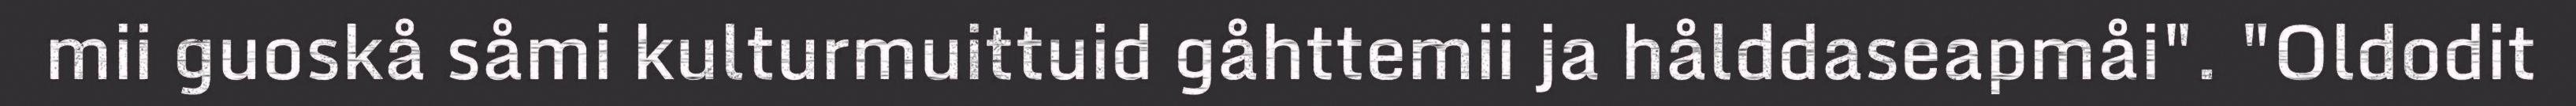
mii guoskå såmi kulturmuittuid gåhttemii ja hålddaseapmåi". "Oldodit